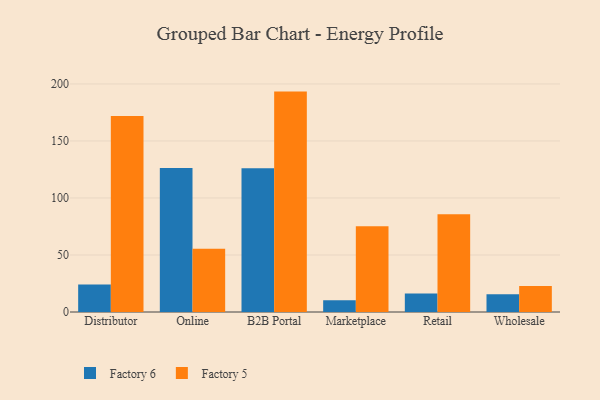
{"axis": {"x": "Channel", "y": "Revenue (USD Million)"}, "legend": ["Factory 5", "Factory 6"], "data": [{"x": "Distributor", "y": 24.2, "type": "Factory 6"}, {"x": "Distributor", "y": 171.9, "type": "Factory 5"}, {"x": "Online", "y": 126.2, "type": "Factory 6"}, {"x": "Online", "y": 55.5, "type": "Factory 5"}, {"x": "B2B Portal", "y": 126.1, "type": "Factory 6"}, {"x": "B2B Portal", "y": 193.3, "type": "Factory 5"}, {"x": "Marketplace", "y": 10.4, "type": "Factory 6"}, {"x": "Marketplace", "y": 75.1, "type": "Factory 5"}, {"x": "Retail", "y": 16.3, "type": "Factory 6"}, {"x": "Retail", "y": 85.8, "type": "Factory 5"}, {"x": "Wholesale", "y": 15.6, "type": "Factory 6"}, {"x": "Wholesale", "y": 22.8, "type": "Factory 5"}]}